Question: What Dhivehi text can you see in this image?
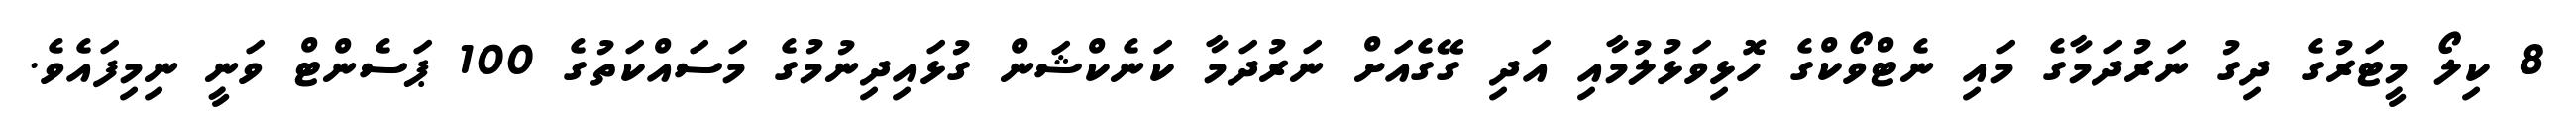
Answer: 8 ކިލޯ މީޓަރުގެ ދިގު ނަރުދަމާގެ މައި ނެޓްވޯކްގެ ހޮޅިވަޅުލުމާއި އަދި ގޭގެއަށް ނަރުދަމާ ކަނެކްޝަން ގުޅައިދިނުމުގެ މަސައްކަތުގެ 100 ޕަސެންޓް ވަނީ ނިމިފައެވެ.